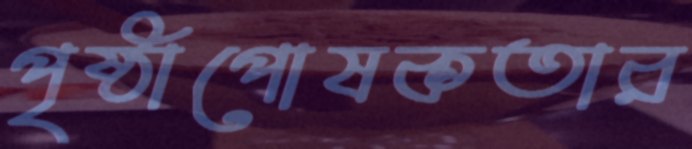
পৃষ্ঠাপোষকতার